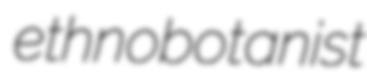
ethnobotanist